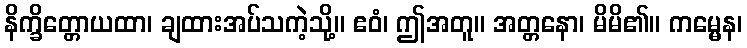
နိက္ခိတ္တောယထာ၊ ချထားအပ်သကဲ့သို့။ ဧဝံ၊ ဤအတူ။ အတ္တနော၊ မိမိ၏။ ကမ္မေန၊